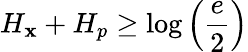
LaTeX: H_{\mathbf{x}}+H_{p}\geq\log\left({\frac{{e}}{{2}}}\right)